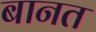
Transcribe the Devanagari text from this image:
बानत